Civil Veterinary Dept. Bombay admin report 1923-31 - 1923-1931
Year: 1923
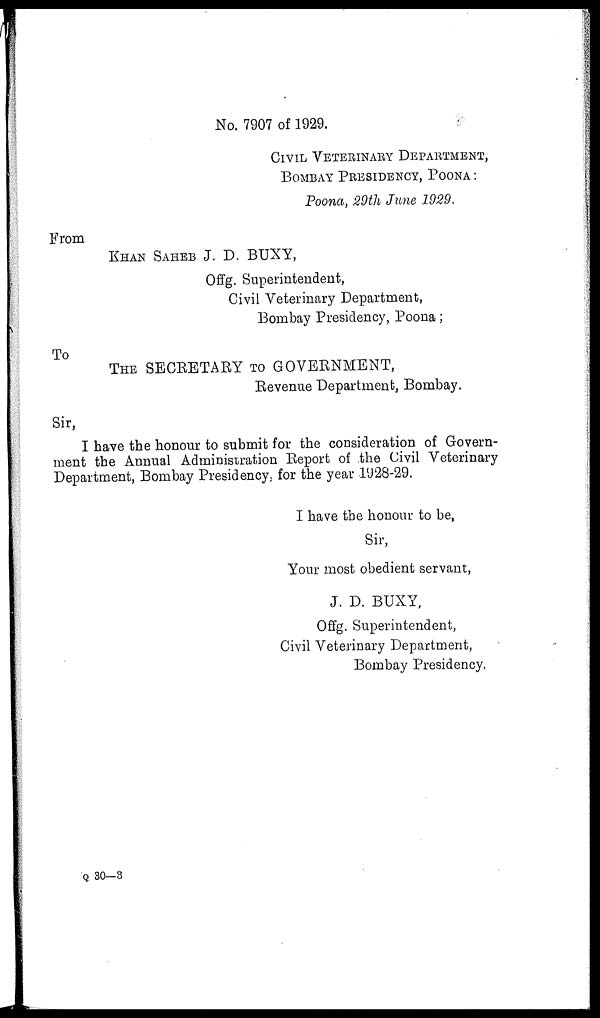
No. 7907 of 1929.
CIVIL VETERINARY DEPARTDMENT,
BOMBAY PRESIDENCY, POONA:
Poona, 29th June 1929.
From
KHAN SAHEB J. D. BUXY,
Offg. Superintendent,
Civil Veterinary Department,
Bombay Presidency, Poona;
To
THE SECRETARY TO GOVERNMENT,
Revenue Department, Bombay.
Sir,
I have the honour to submit for the consideration of Govern-
ment the Annual Administration Report of the Civil Veterinary
Department, Bombay Presidency, for the year 1928-29.
I have the honour to be,
Sir,
Your most obedient servant,
J. D. BUXY,
Offg. Superintendent,
Civil Veterinary Department,
Bombay Presidency.
Q 30—3